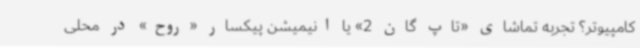
کامپیوتر؟ تجربه تماشای «تاپ گان 2»‌ یا انیمیشن پیکسار «روح» در محلی